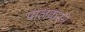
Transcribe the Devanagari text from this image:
पालकरने